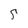
Character: 5